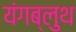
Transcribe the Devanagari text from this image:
यंगब्लुथ